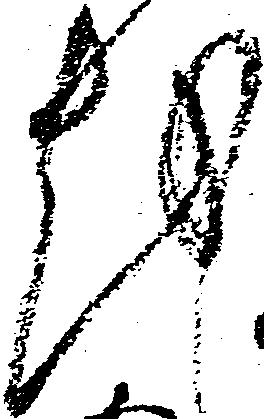
越